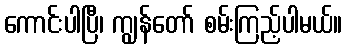
ကောင်းပါပြီ၊ ကျွန်တော် စမ်းကြည့်ပါမယ်။